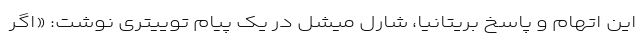
این اتهام و پاسخ بریتانیا، شارل میشل در یک پیام توییتری نوشت: «اگر